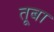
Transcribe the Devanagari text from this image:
तूबा